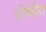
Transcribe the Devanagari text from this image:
बोर्नवीटा